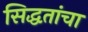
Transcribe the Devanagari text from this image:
सिद्धतांचा